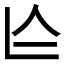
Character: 𠆦